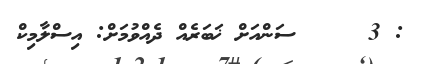
: 3     ސަންއަށް ޚަބަރެއް ދެއްވުމަށް: އިސްލާމިކް